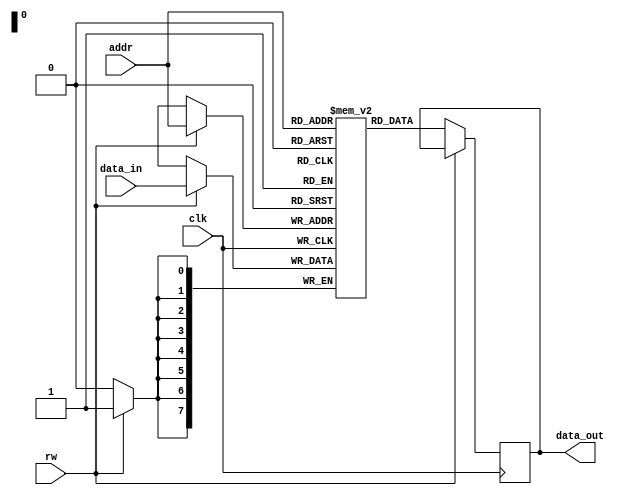
module sram(
    input wire clk, // Clock signal
    input wire rw, // Read/Write signal (0 for read, 1 for write)
    input wire [7:0] addr, // Address input (8 bits)
    input wire [7:0] data_in, // Data input (8 bits for write operation)
    output reg [7:0] data_out // Data output (8 bits for read operation)
);

reg [7:0] memory [0:255]; // 256 memory cells of 8 bits each

always @(posedge clk) begin
    if (rw == 0) begin // Read operation
        data_out <= memory[addr];
    end else begin // Write operation
        memory[addr] <= data_in;
    end
end

endmodule